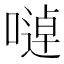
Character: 𱔉